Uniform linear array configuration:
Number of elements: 12
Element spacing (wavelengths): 0.5
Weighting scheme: binomial
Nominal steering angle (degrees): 0
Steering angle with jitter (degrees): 0.1195
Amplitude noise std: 0.05
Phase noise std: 0.05

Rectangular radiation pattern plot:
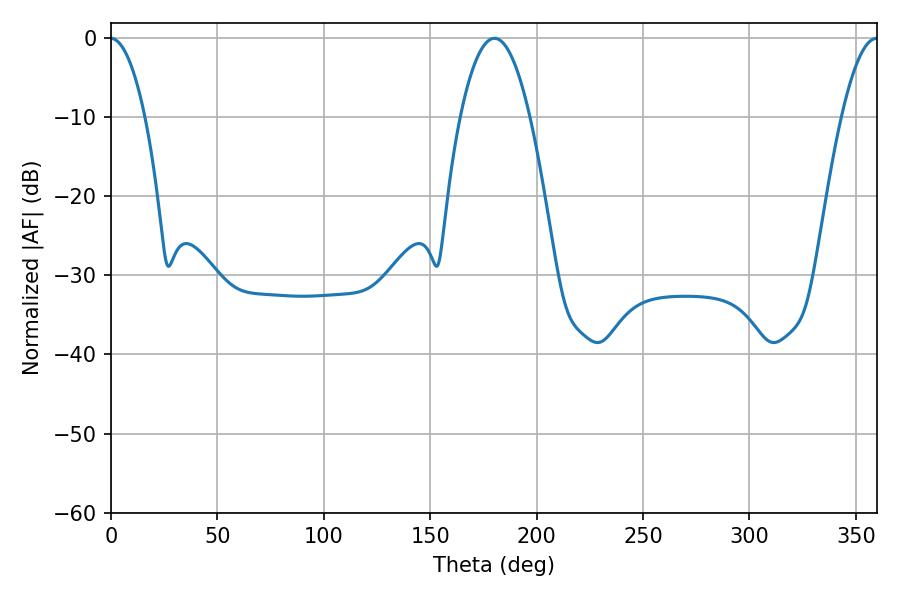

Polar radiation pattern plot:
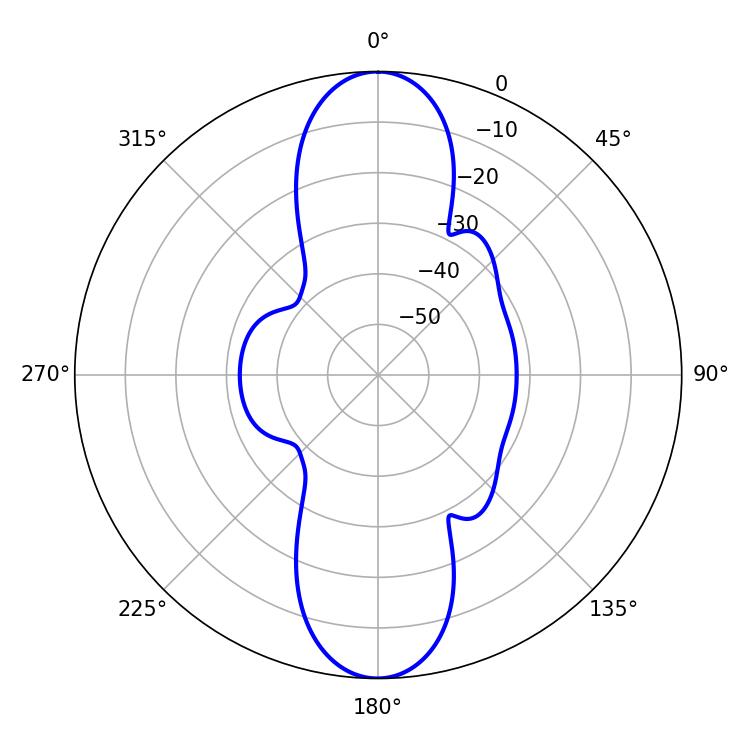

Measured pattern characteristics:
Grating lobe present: FALSE
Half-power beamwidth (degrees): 18
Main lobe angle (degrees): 180.18